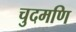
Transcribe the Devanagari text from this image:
चुदमणि